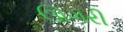
ઊગરી